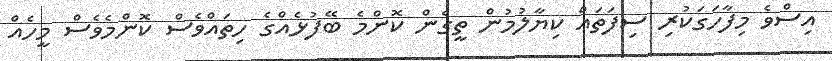
އިސްވެ މިފާހަގަކުރި ސިފަތައް ކިޔާލުމުން ތީގެން ކޮންމެ ބޭފުޅެއްގެ ހިތައްވެސް ކޮންމެވެސް މީހެއް